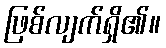
ဖြစ်လျက်ရှိ၏။